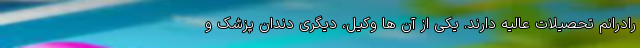
رادرانم تحصیلات عالیه دارند. یکی از آن ها وکیل، دیگری دندان پزشک و